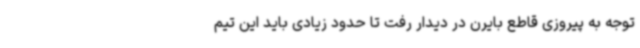
توجه به پیروزی قاطع بایرن در دیدار رفت تا حدود زیادی باید این تیم